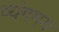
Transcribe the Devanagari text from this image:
व्यंगमय